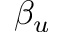
\beta _ { u }